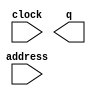
// megafunction wizard: %ROM: 1-PORT%VBB%
// GENERATION: STANDARD
// VERSION: WM1.0
// MODULE: altsyncram 

// ============================================================
// Megafunction Name(s):
// 			altsyncram
//
// Simulation Library Files(s):
// 			altera_mf
// ============================================================
// ************************************************************
// THIS IS A WIZARD-GENERATED FILE. DO NOT EDIT THIS FILE!
//
// 11.1 Build 259 01/25/2012 SP 2 SJ Web Edition
// ************************************************************

//Copyright (C) 1991-2011 Altera Corporation
//Your use of Altera Corporation's design tools, logic functions 
//and other software and tools, and its AMPP partner logic 
//functions, and any output files from any of the foregoing 
//(including device programming or simulation files), and any 
//associated documentation or information are expressly subject 
//to the terms and conditions of the Altera Program License 
//Subscription Agreement, Altera MegaCore Function License 
//Agreement, or other applicable license agreement, including, 
//without limitation, that your use is for the sole purpose of 
//programming logic devices manufactured by Altera and sold by 
//Altera or its authorized distributors.  Please refer to the 
//applicable agreement for further details.

module newRom (
	address,
	clock,
	q);

	input	[4:0]  address;
	input	  clock;
	output	[2:0]  q;
`ifndef ALTERA_RESERVED_QIS
// synopsys translate_off
`endif
	tri1	  clock;
`ifndef ALTERA_RESERVED_QIS
// synopsys translate_on
`endif

endmodule

// ============================================================
// CNX file retrieval info
// ============================================================
// Retrieval info: PRIVATE: ADDRESSSTALL_A NUMERIC "0"
// Retrieval info: PRIVATE: AclrAddr NUMERIC "0"
// Retrieval info: PRIVATE: AclrByte NUMERIC "0"
// Retrieval info: PRIVATE: AclrOutput NUMERIC "0"
// Retrieval info: PRIVATE: BYTE_ENABLE NUMERIC "0"
// Retrieval info: PRIVATE: BYTE_SIZE NUMERIC "8"
// Retrieval info: PRIVATE: BlankMemory NUMERIC "0"
// Retrieval info: PRIVATE: CLOCK_ENABLE_INPUT_A NUMERIC "0"
// Retrieval info: PRIVATE: CLOCK_ENABLE_OUTPUT_A NUMERIC "0"
// Retrieval info: PRIVATE: Clken NUMERIC "0"
// Retrieval info: PRIVATE: IMPLEMENT_IN_LES NUMERIC "0"
// Retrieval info: PRIVATE: INIT_FILE_LAYOUT STRING "PORT_A"
// Retrieval info: PRIVATE: INIT_TO_SIM_X NUMERIC "0"
// Retrieval info: PRIVATE: INTENDED_DEVICE_FAMILY STRING "Cyclone II"
// Retrieval info: PRIVATE: JTAG_ENABLED NUMERIC "0"
// Retrieval info: PRIVATE: JTAG_ID STRING "NONE"
// Retrieval info: PRIVATE: MAXIMUM_DEPTH NUMERIC "0"
// Retrieval info: PRIVATE: MIFfilename STRING "../graphics/shken.mif"
// Retrieval info: PRIVATE: NUMWORDS_A NUMERIC "32"
// Retrieval info: PRIVATE: RAM_BLOCK_TYPE NUMERIC "0"
// Retrieval info: PRIVATE: RegAddr NUMERIC "1"
// Retrieval info: PRIVATE: RegOutput NUMERIC "0"
// Retrieval info: PRIVATE: SYNTH_WRAPPER_GEN_POSTFIX STRING "0"
// Retrieval info: PRIVATE: SingleClock NUMERIC "1"
// Retrieval info: PRIVATE: UseDQRAM NUMERIC "0"
// Retrieval info: PRIVATE: WidthAddr NUMERIC "5"
// Retrieval info: PRIVATE: WidthData NUMERIC "3"
// Retrieval info: PRIVATE: rden NUMERIC "0"
// Retrieval info: LIBRARY: altera_mf altera_mf.altera_mf_components.all
// Retrieval info: CONSTANT: CLOCK_ENABLE_INPUT_A STRING "BYPASS"
// Retrieval info: CONSTANT: CLOCK_ENABLE_OUTPUT_A STRING "BYPASS"
// Retrieval info: CONSTANT: INIT_FILE STRING "../graphics/shken.mif"
// Retrieval info: CONSTANT: INTENDED_DEVICE_FAMILY STRING "Cyclone II"
// Retrieval info: CONSTANT: LPM_HINT STRING "ENABLE_RUNTIME_MOD=NO"
// Retrieval info: CONSTANT: LPM_TYPE STRING "altsyncram"
// Retrieval info: CONSTANT: NUMWORDS_A NUMERIC "32"
// Retrieval info: CONSTANT: OPERATION_MODE STRING "ROM"
// Retrieval info: CONSTANT: OUTDATA_ACLR_A STRING "NONE"
// Retrieval info: CONSTANT: OUTDATA_REG_A STRING "UNREGISTERED"
// Retrieval info: CONSTANT: WIDTHAD_A NUMERIC "5"
// Retrieval info: CONSTANT: WIDTH_A NUMERIC "3"
// Retrieval info: CONSTANT: WIDTH_BYTEENA_A NUMERIC "1"
// Retrieval info: USED_PORT: address 0 0 5 0 INPUT NODEFVAL "address[4..0]"
// Retrieval info: USED_PORT: clock 0 0 0 0 INPUT VCC "clock"
// Retrieval info: USED_PORT: q 0 0 3 0 OUTPUT NODEFVAL "q[2..0]"
// Retrieval info: CONNECT: @address_a 0 0 5 0 address 0 0 5 0
// Retrieval info: CONNECT: @clock0 0 0 0 0 clock 0 0 0 0
// Retrieval info: CONNECT: q 0 0 3 0 @q_a 0 0 3 0
// Retrieval info: GEN_FILE: TYPE_NORMAL newRom.v TRUE
// Retrieval info: GEN_FILE: TYPE_NORMAL newRom.inc FALSE
// Retrieval info: GEN_FILE: TYPE_NORMAL newRom.cmp FALSE
// Retrieval info: GEN_FILE: TYPE_NORMAL newRom.bsf FALSE
// Retrieval info: GEN_FILE: TYPE_NORMAL newRom_inst.v FALSE
// Retrieval info: GEN_FILE: TYPE_NORMAL newRom_bb.v TRUE
// Retrieval info: LIB_FILE: altera_mf